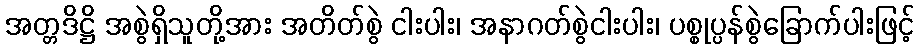
အတ္တဒိဋ္ဌိ အစွဲရှိသူတို့အား အတိတ်စွဲ ငါးပါး၊ အနာဂတ်စွဲငါးပါး၊ ပစ္စုပ္ပန်စွဲခြောက်ပါးဖြင့်